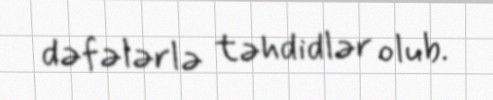
dəfələrlə təhdidlər olub.